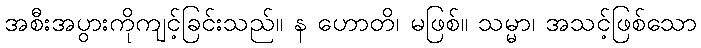
အစီးအပွားကိုကျင့်ခြင်းသည်။ န ဟောတိ၊ မဖြစ်။ သမ္မာ၊ အသင့်ဖြစ်သော